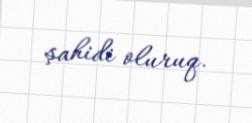
şahidi oluruq.